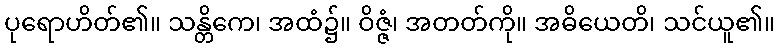
ပုရောဟိတ်၏။ သန္တိကေ၊ အထံ၌။ ဝိဇ္ဇံ၊ အတတ်ကို။ အဓိယေတိ၊ သင်ယူ၏။